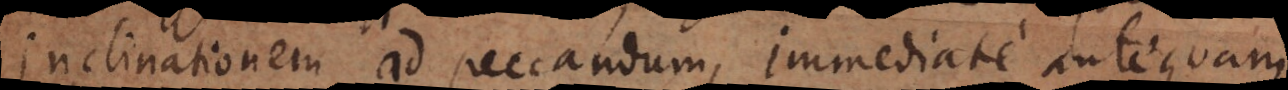
inclinationem ad peccandum, immediate antequam